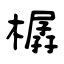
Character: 樼